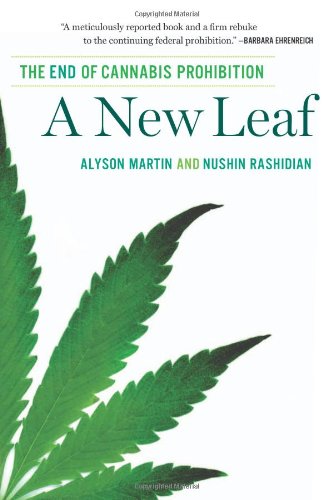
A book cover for A New Leaf: The End of Cannabis Prohibition; Alyson Martin; Law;